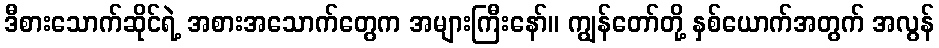
ဒီစားသောက်ဆိုင်ရဲ့ အစားအသောက်တွေက အများကြီးနော်။ ကျွန်တော်တို့ နှစ်ယောက်အတွက် အလွန်